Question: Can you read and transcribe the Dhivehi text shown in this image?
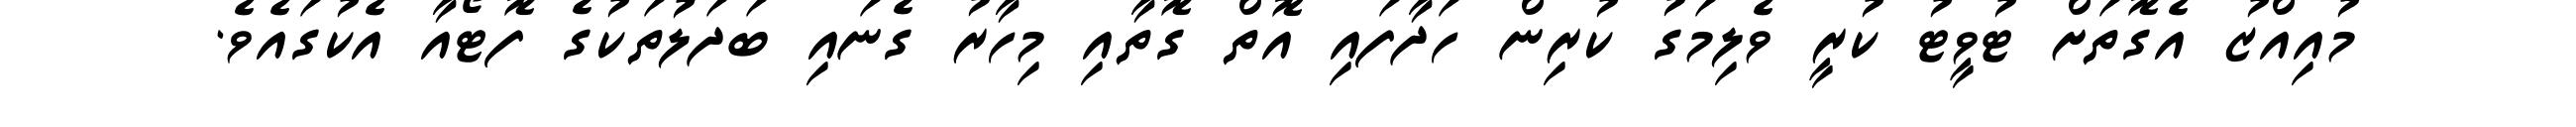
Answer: މުއިއްޒު އެގޮތަށް ޓުވީޓު ކުރީ ވެލިމަގު ކުރިން ހަދާފައި އޮތް ގޮތާއި މިހާރު ގެނައި ބަދަލުތަކުގެ ފޮޓޯއާ އެކުގައެވެ.